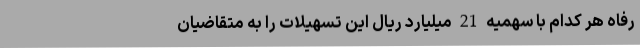
رفاه هر کدام با سهمیه 21 میلیارد ریال این تسهیلات را به متقاضیان